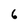
Character: 6